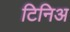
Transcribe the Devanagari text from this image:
टिनिअ